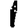
Digit: 1